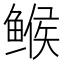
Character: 𱈄